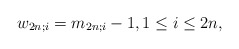
\begin{align*} w_{2n;i} = m_{2n;i} - 1,1\leq i\leq 2n,\end{align*}